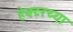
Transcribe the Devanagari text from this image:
हेक्टरच्या